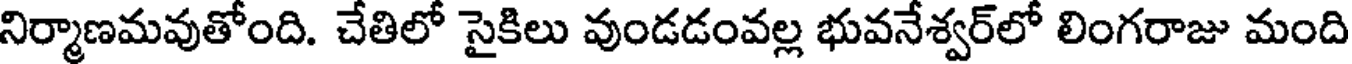
నిర్మాణమవుతోంది. చేతిలో సైకిలు వుండడంవల్ల భువనేశ్వర్లో లింగరాజు మంది